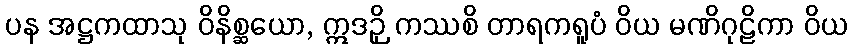
ပန အဋ္ဌကထာသု ဝိနိစ္ဆယော, ဣဒဉှိ ကဿစိ တာရကရူပံ ဝိယ မဏိဂုဠိကာ ဝိယ